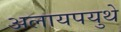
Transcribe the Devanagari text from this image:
अलायपयुथे